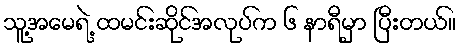
သူ့အမေရဲ့ ထမင်းဆိုင်အလုပ်က ၆ နာရီမှာ ပြီးတယ်။